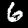
Digit: 6